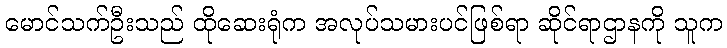
မောင်သက်ဦးသည် ထိုဆေးရုံက အလုပ်သမားပင်ဖြစ်ရာ ဆိုင်ရာဌာနကို သူက